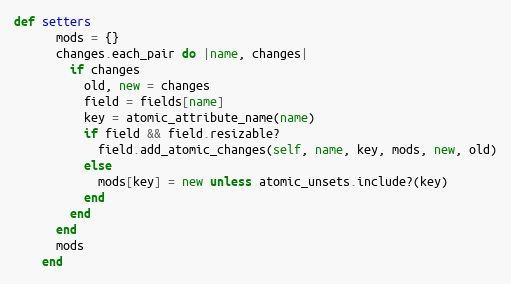
Language: Ruby
def setters
      mods = {}
      changes.each_pair do |name, changes|
        if changes
          old, new = changes
          field = fields[name]
          key = atomic_attribute_name(name)
          if field && field.resizable?
            field.add_atomic_changes(self, name, key, mods, new, old)
          else
            mods[key] = new unless atomic_unsets.include?(key)
          end
        end
      end
      mods
    end